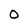
Character: O